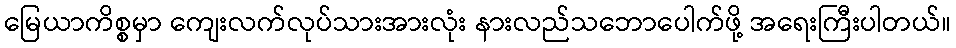
မြေယာကိစ္စမှာ ကျေးလက်လုပ်သားအားလုံး နားလည်သဘောပေါက်ဖို့ အရေးကြီးပါတယ်။